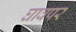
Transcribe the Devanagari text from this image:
घावपर